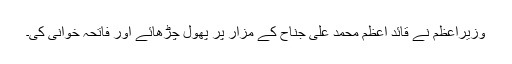
وزیراعظم نے قائد اعظم محمد علی جناح کے مزار پر پھول چڑھائے اور فاتحہ خوانی کی۔